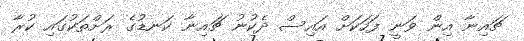
ޗައިނާ އިން ވަނީ ފަހަކަށް އައިސް ދެކުނު ޗައިނާ ކަނޑުގެ ރަށްތަކުގައި ކުރާ